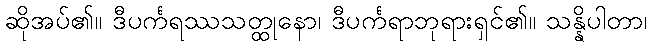
ဆိုအပ်၏။ ဒီပင်္ကရဿသတ္ထုနော၊ ဒီပင်္ကရာဘုရားရှင်၏။ သန္နိပါတာ၊